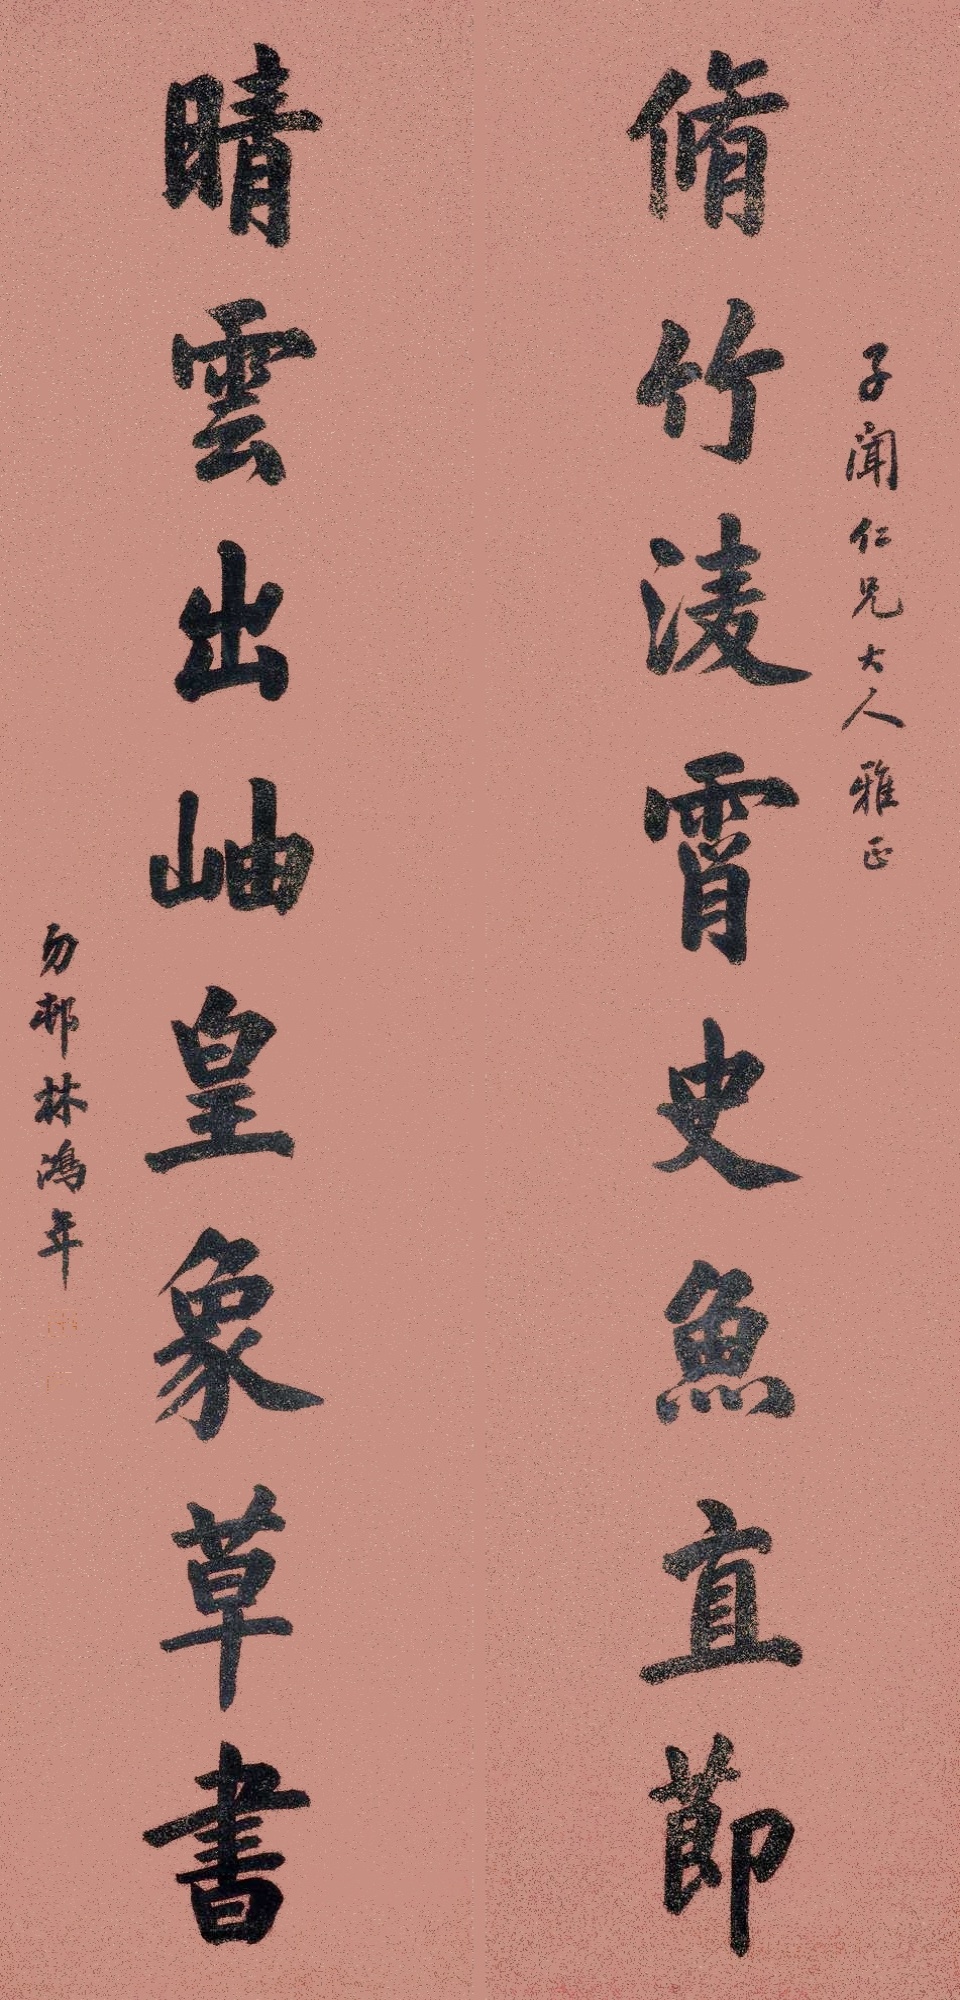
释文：修竹凌霄史鱼直节，晴云出岫皇象草书。子闻仁兄大人雅正，勿村林鸿年。